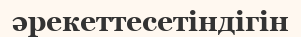
әрекеттесетіндігін